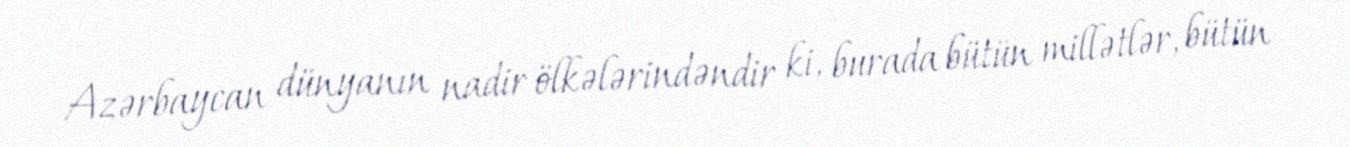
Azərbaycan dünyanın nadir ölkələrindəndir ki, burada bütün millətlər, bütün